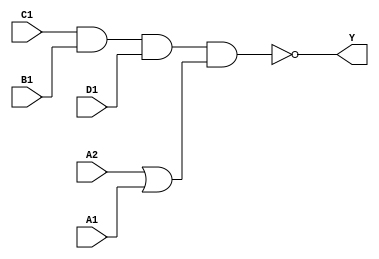
module sky130_fd_sc_ms__o2111ai (
    Y ,
    A1,
    A2,
    B1,
    C1,
    D1
);

    // Module ports
    output Y ;
    input  A1;
    input  A2;
    input  B1;
    input  C1;
    input  D1;

    // Module supplies
    supply1 VPWR;
    supply0 VGND;
    supply1 VPB ;
    supply0 VNB ;

    // Local signals
    wire or0_out    ;
    wire nand0_out_Y;

    //   Name   Output       Other arguments
    or   or0   (or0_out    , A2, A1             );
    nand nand0 (nand0_out_Y, C1, B1, D1, or0_out);
    buf  buf0  (Y          , nand0_out_Y        );

endmodule